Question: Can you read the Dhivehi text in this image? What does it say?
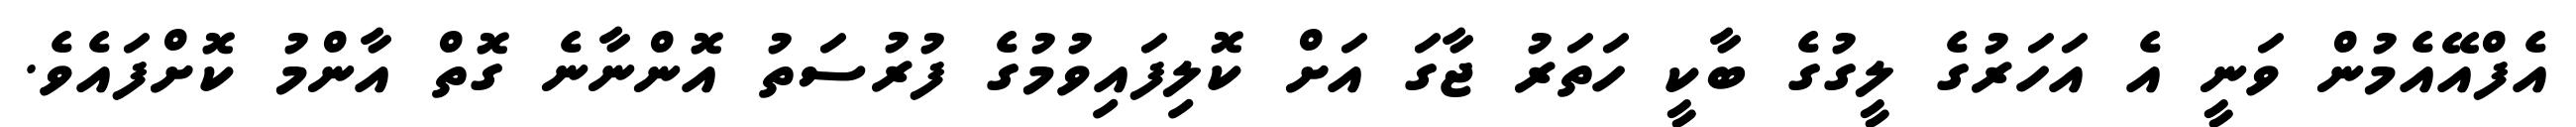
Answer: އެފްއޭއެމުން ވަނީ އެ އަހަރުގެ ލީގުގެ ބާކީ ހަތަރު ޖާގަ އަށް ކޮލިފައިވުމުގެ ފުރުސަތު އޮންނާނެ ގޮތް އާންމު ކޮށްފައެވެ.